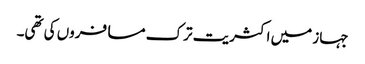
جہاز میں اکثریت ترک مسافروں کی تھی۔